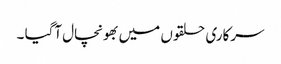
سرکاری حلقوں میں بھونچال آگیا ۔